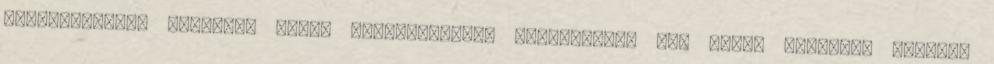
drogprobléma, étkezési zavar Antiszociális személyiség Egy korai felmérés alapján